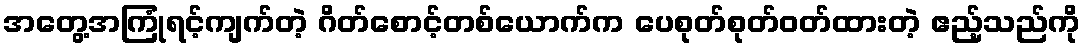
အတွေ့အကြုံရင့်ကျက်တဲ့ ဂိတ်စောင့်တစ်ယောက်က ပေစုတ်စုတ်ဝတ်ထားတဲ့ ဧည့်သည်ကို